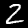
Digit: 2